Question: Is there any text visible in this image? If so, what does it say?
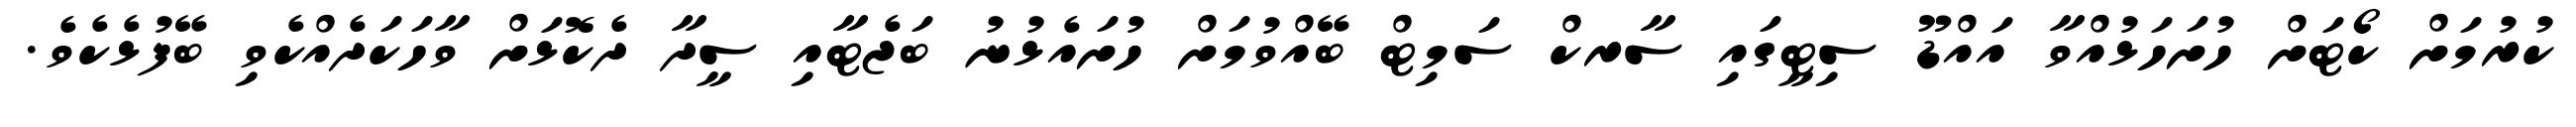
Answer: ކުރުމަށް ކޯޓަށް ހުށަހަޅުއްވާ އައްޑޫ ސިޓީގައި ސާރކް ސަމިޓް ބޭއްވުމަށް ހުށައެޅުނު ބަޖެޓާއި ސީދާ ދެކޮޅަށް ވާހަކަދެއްކެވި ބޭފުޅެކެވެ.